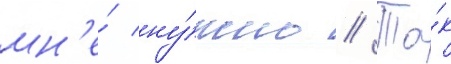
мн'е́ ну́жно // Та́к